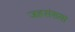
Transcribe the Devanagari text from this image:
जहसंख्या